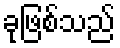
ခုဖြစ်သည်